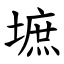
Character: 墌